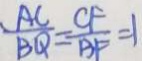
\frac { A C } { B Q } = \frac { C F } { B F } = 1